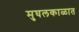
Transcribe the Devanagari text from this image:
मुघलकाळात